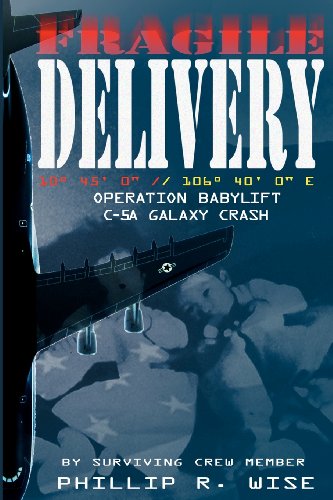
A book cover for Fragile Delivery; Phillip R Wise; Crafts, Hobbies & Home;